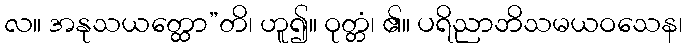
လ။ အနုသယတ္ထော”တိ၊ ဟူ၍။ ဝုတ္တံ၊ ၏။ ပရိညာဘိသမယဝသေန၊